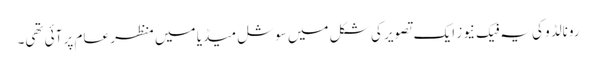
رونالڈو کی یہ فیک نیوز ایک تصویر کی شکل میں سوشل میڈیا میں منظر عام پر آئی تھی۔